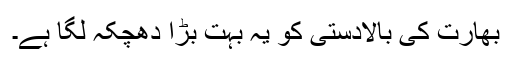
بھارت کی بالادستی کو یہ بہت بڑا دھچکہ لگا ہے۔